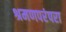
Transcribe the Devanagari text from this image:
श्रमणपरंपरा